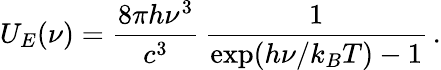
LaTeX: U_{E}(\nu)=\frac{8\pi h\nu^{3}}{c^{3}}\, \frac{1}{\exp(h\nu/k_{B}T)-1}\, .